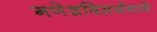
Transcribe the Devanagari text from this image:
गणेशविसर्जनाने